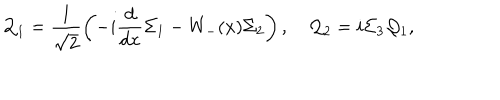
{ \cal Q } _ { 1 } = \frac { 1 } { \sqrt { 2 } } \left( - i \frac { d } { d x } { \Sigma _ { 1 } } - W _ { - } ( x ) \Sigma _ { 2 } \right) , \quad { \cal Q } _ { 2 } = i \Sigma _ { 3 } { \cal Q } _ { 1 } ,